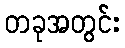
တခုအတွင်း